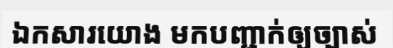
ឯកសារយោង មកបញ្ជាក់ឲ្យច្បាស់